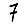
Digit: 7